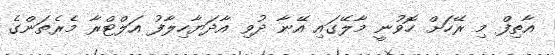
އާތިފް މި ރޭހަށް ހޮވުނީ މާލޭގައި އޭނާ ދުވި އާދަޔާހިލާފު އަލްޓްރާ މެރެތަންގެ